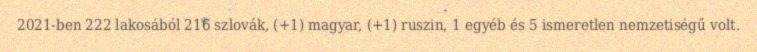
2021-ben 222 lakosából 216 szlovák, (+1) magyar, (+1) ruszin, 1 egyéb és 5 ismeretlen nemzetiségű volt.